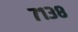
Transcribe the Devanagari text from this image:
७१३८